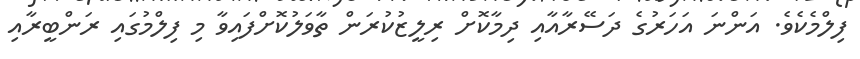
ފިލްމެކެވެ. އަންނަ އަހަރުގެ ދަސޭރާއާއި ދިމާކޮށް ރިލީޒުކުރަން ތާވަލުކޮށްފައިވާ މި ފިލްމުގައި ރަންބީރާއި